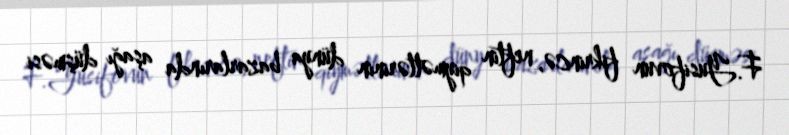
F.Yusifovun fikrincə, neftin qiymətlərinin dünya bazarlarında aşağı düşməsi